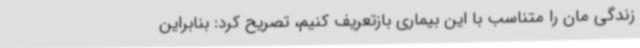
زندگی مان را متناسب با این بیماری بازتعریف کنیم، تصریح کرد: بنابراین